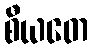
စီယတေ